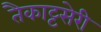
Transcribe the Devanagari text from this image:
तैकाट्टसेरी